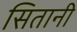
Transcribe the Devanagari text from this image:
सितानी